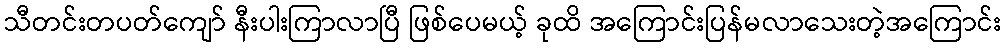
သီတင်းတပတ်ကျော် နီးပါးကြာလာပြီ ဖြစ်ပေမယ့် ခုထိ အကြောင်းပြန်မလာသေးတဲ့အကြောင်း